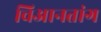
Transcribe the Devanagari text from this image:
चिआनतांग